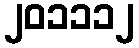
၂၀၁၁၁၂